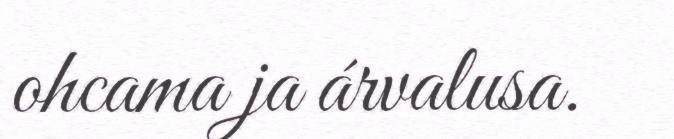
ohcama ja árvalusa.